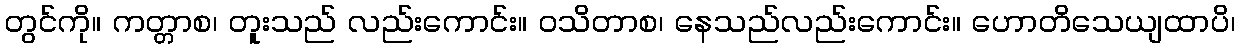
တွင်ကို။ ကတ္တာစ၊ တူးသည် လည်းကောင်း။ ဝသိတာစ၊ နေသည်လည်းကောင်း။ ဟောတိသေယျထာပိ၊